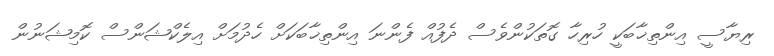
ރިޔާސީ އިންތިޚާބަކީ ހުރިހާ ގޮތަކުންވެސް ދެފުއް ފެންނަ އިންތިޚާބަކަށް ހެދުމަށް އިލެކްޝަންސް ކޮމިޝަނުން